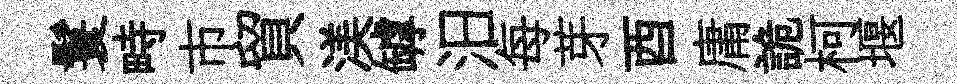
鬟畤市貿渼罅汨每芽酉庸詭柯堰